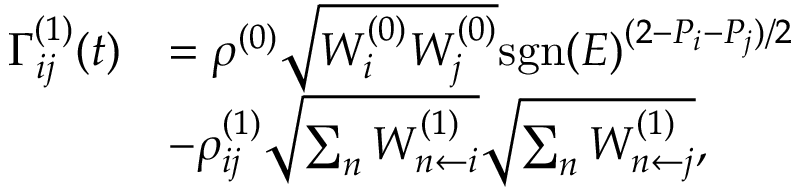
\begin{array} { r l } { \Gamma _ { i j } ^ { ( 1 ) } ( t ) } & { = \rho ^ { ( 0 ) } \sqrt { W _ { i } ^ { ( 0 ) } W _ { j } ^ { ( 0 ) } } \mathrm { s g n } ( E ) ^ { ( 2 - P _ { i } - P _ { j } ) / 2 } } \\ & { - \rho _ { i j } ^ { ( 1 ) } \sqrt { \sum _ { n } W _ { n \leftarrow i } ^ { ( 1 ) } } \sqrt { \sum _ { n } W _ { n \leftarrow j } ^ { ( 1 ) } } , } \end{array}